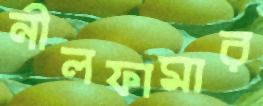
নীলফামার